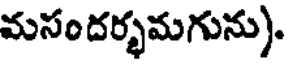
మసందర్భమగును).